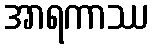
အာရကာဿ